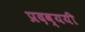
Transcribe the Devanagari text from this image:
प्रदव्ययी